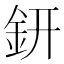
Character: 鈃